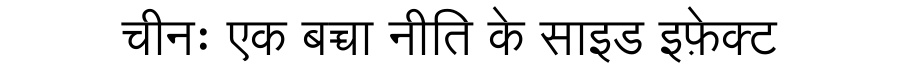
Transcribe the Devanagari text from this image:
चीनः एक बच्चा नीति के साइड इफ़ेक्ट